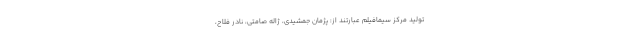
تولید مرکز سیمافیلم عبارتند از: پژمان جمشیدی، ژاله صامتی، نادر فلاح،